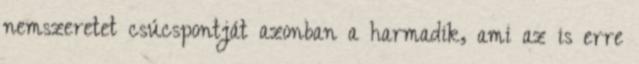
nemszeretet csúcspontját azonban a harmadik, ami az is erre